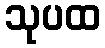
သုပထ